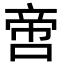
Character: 啻